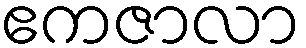
ဧကဇာလာ